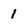
Character: 1